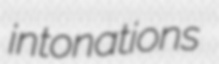
intonations